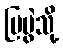
ပြပွဲသို့